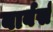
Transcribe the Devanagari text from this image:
बार्बर्स